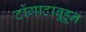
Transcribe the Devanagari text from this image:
टोंगाटाबूहून